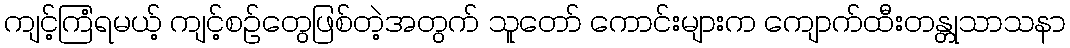
ကျင့်ကြံရမယ့် ကျင့်စဉ်တွေဖြစ်တဲ့အတွက် သူတော် ကောင်းများက ကျောက်ထီးတန္တုသာသနာ